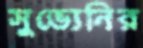
সুভ্যেনির